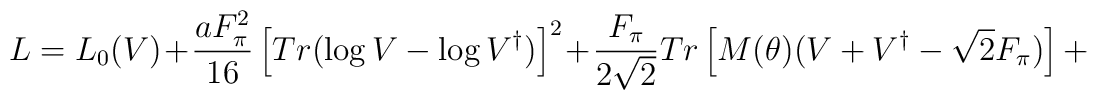
L = L_0 (V) + \frac{a F_{\pi}^{2}}{16} \left[Tr ( \log V - \log V^{\dagger}) \right]^2 + \frac{F_{\pi}}{2 \sqrt{2}} Tr \left[M(\theta) (V + V^{\dagger} - \sqrt{2} F_{\pi} ) \right] +